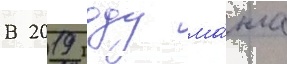
В 2019 году ма́нга